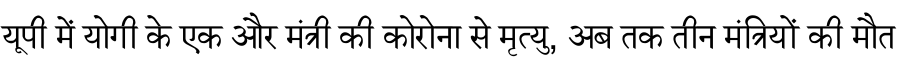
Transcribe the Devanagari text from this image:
यूपी में योगी के एक और मंत्री की कोरोना से मृत्यु, अब तक तीन मंत्रियों की मौत